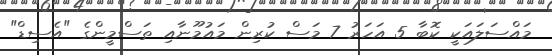
މައްސަލައަކީ ކޮބާ 5 އަހަރު 7 މަސް ކުރިން މައުމޫނާއި ތަސްމީންގެ "އެސިޑް"